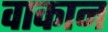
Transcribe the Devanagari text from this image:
वाकान